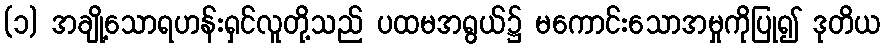
(၁) အချို့သောရဟန်းရှင်လူတို့သည် ပထမအရွယ်၌ မကောင်းသောအမှုကိုပြု၍ ဒုတိယ